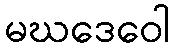
မဃဒေဝေါ